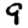
Digit: 9